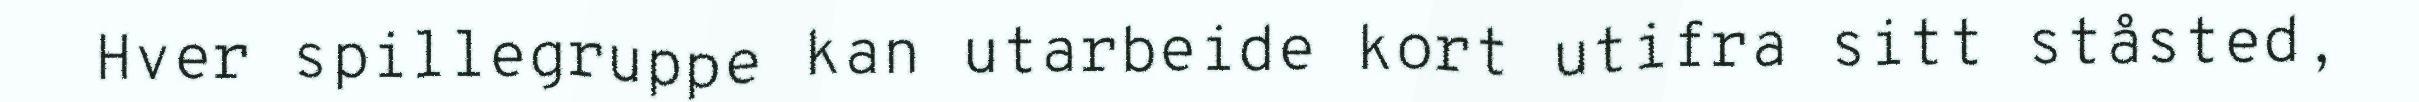
Hver spillegruppe kan utarbeide kort utifra sitt ståsted,